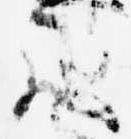
歟